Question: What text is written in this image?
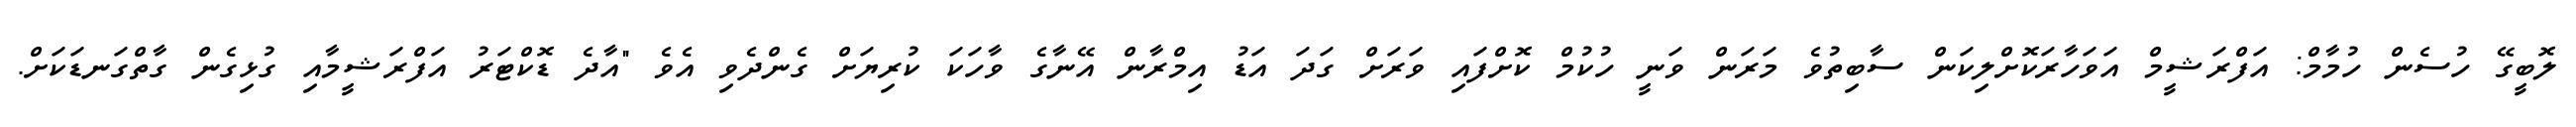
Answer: ލޮބީގޭ ހުސެން ހުމާމް: އަފްރަޝީމް އަވަހާރަކޮށްލިކަން ސާބިތުވެ މަރަން ވަނީ ހުކުމް ކޮށްފައި ވަރަށް ގަދަ އަޑު އިމްރާން އޭނާގެ ވާހަކަ ކުރިޔަށް ގެންދެވި އެވެ "އާދެ ޑޮކްޓަރު އަފްރަޝީމާއި ގުޅިގެން ގާތްގަނޑަކަށް.